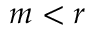
m < r